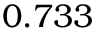
0 . 7 3 3